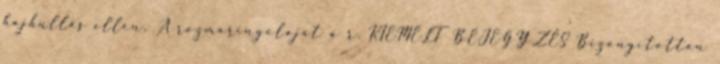
hajhullás ellen. A rozmaringolajat a r. KIEMELT BEJEGYZÉS Bizonyítottan